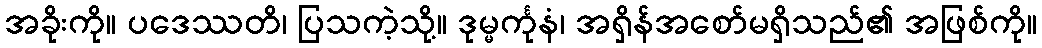
အခိုးကို။ ပဒေဿတိ၊ ပြသကဲ့သို့။ ဒုမ္မင်္ကုနံ၊ အရှိန်အစော်မရှိသည်၏ အဖြစ်ကို။